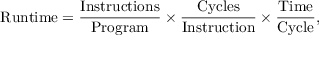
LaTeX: \mathrm { R u n t i m e } = { \frac { \mathrm { I n s t r u c t i o n s } } { \mathrm { P r o g r a m } } } \times { \frac { \mathrm { C y c l e s } } { \mathrm { I n s t r u c t i o n } } } \times { \frac { \mathrm { T i m e } } { \mathrm { C y c l e } } } ,